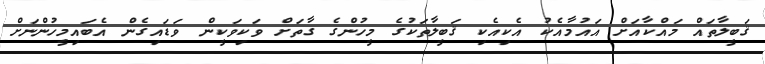
ޤަބީލާތައް މައްކާއަށް އައުމާއެކު އެކިއެކި ޤަބީލާތަކުގެ މީހުންގެ ގާތަށް ވަކިވަކީން ވަޑައިގެން އެބައިމީހުންނަށް